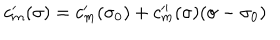
LaTeX: c _ { m } ^ { \prime } ( \sigma ) = c _ { m } ^ { \prime } ( \sigma _ { 0 } ) + c _ { m } ^ { \prime \prime } ( \sigma ) ( \sigma - \sigma _ { 0 } )